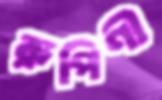
রূপিণী